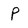
Character: p